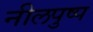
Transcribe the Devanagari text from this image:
नीलपुष्प